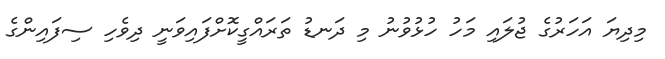
މިދިޔަ އަހަރުގެ ޖުލައި މަހު ހުޅުވުނު މި ދަނޑު ތަރައްގީކޮށްފައިވަނީ ދިވެހި ސިފައިންގެ